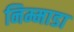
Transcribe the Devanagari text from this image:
निम्माडा